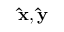
\mathbf { \hat { x } } , \mathbf { \hat { y } }